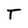
Character: T